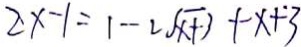
2 x - 1 = 1 - 2 \sqrt { x + 3 } + x + 3